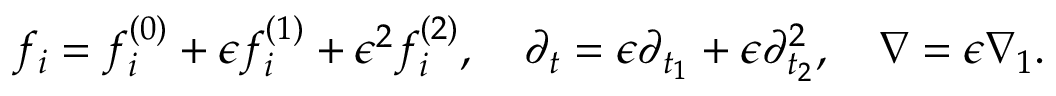
f _ { i } = f _ { i } ^ { ( 0 ) } + \epsilon f _ { i } ^ { ( 1 ) } + \epsilon ^ { 2 } f _ { i } ^ { ( 2 ) } , \quad \partial _ { t } = \epsilon \partial _ { t _ { 1 } } + \epsilon \partial _ { t _ { 2 } } ^ { 2 } , \quad \nabla = \epsilon \nabla _ { 1 } .